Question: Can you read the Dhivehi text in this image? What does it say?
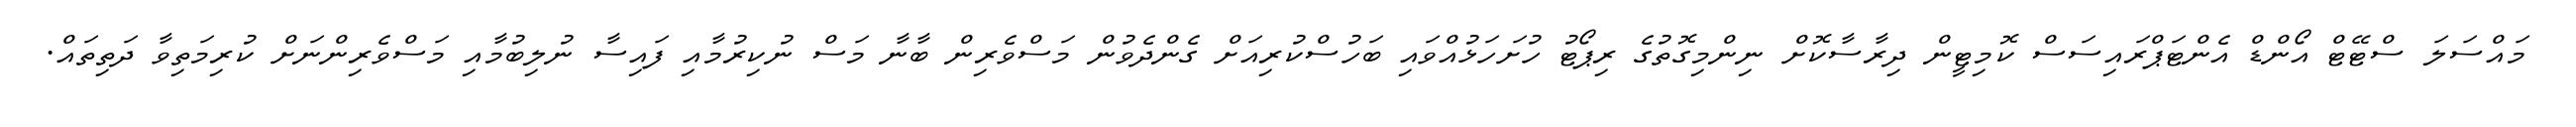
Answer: މައްސަލަ ސްޓޭޓް އޯންޑް އެންޓަޕްރައިސަސް ކޮމިޓީން ދިރާސާކޮށް ނިންމިގޮތުގެ ރިޕޯޓު ހުށަހަޅުއްވައި ބަހުސްކުރިއަށް ގެންދެވުން މަސްވެރިން ބާނާ މަސް ނުކިރުމާއި ފައިސާ ނުލިބުމާއި މަސްވެރިންނަށް ކުރިމަތިވާ ދަތިތައް.